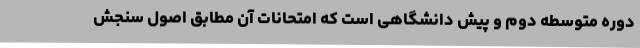
دوره متوسطه دوم و پیش دانشگاهی است که امتحانات آن مطابق اصول سنجش